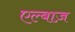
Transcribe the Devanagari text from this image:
एल्बाज़